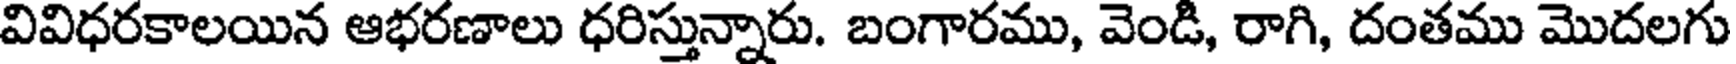
వివిధరకాలయిన ఆభరణాలు ధరిస్తున్నారు. బంగారము, వెండి, రాగి, దంతము మొదలగు